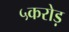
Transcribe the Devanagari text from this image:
५करोड़